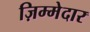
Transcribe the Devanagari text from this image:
ज़िम्‍मेदार